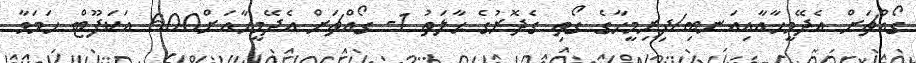
ގޯއްޗަށް އެދޭމީހާއާއިއަނބި/ފިރިމީހާގެ ގޯތި ގެދޮރުގެ ޙާލަތު 1- ގޯއްޗަށް އެދޭމީހާއަށް600 އަކަފޫޓް ހަމަވާ